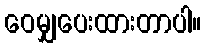
ဝေမျှပေးထားတာပါ။